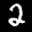
Label: 2